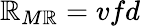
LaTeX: {\mathbb{R}}_{M\mathbb{R}}=vfd\,